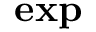
\mathbf { e x p }